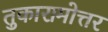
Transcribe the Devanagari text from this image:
तुकारामोत्तर